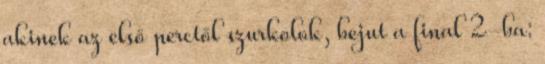
akinek az első perctől szurkolok, bejut a final 2-ba: